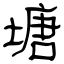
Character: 塘